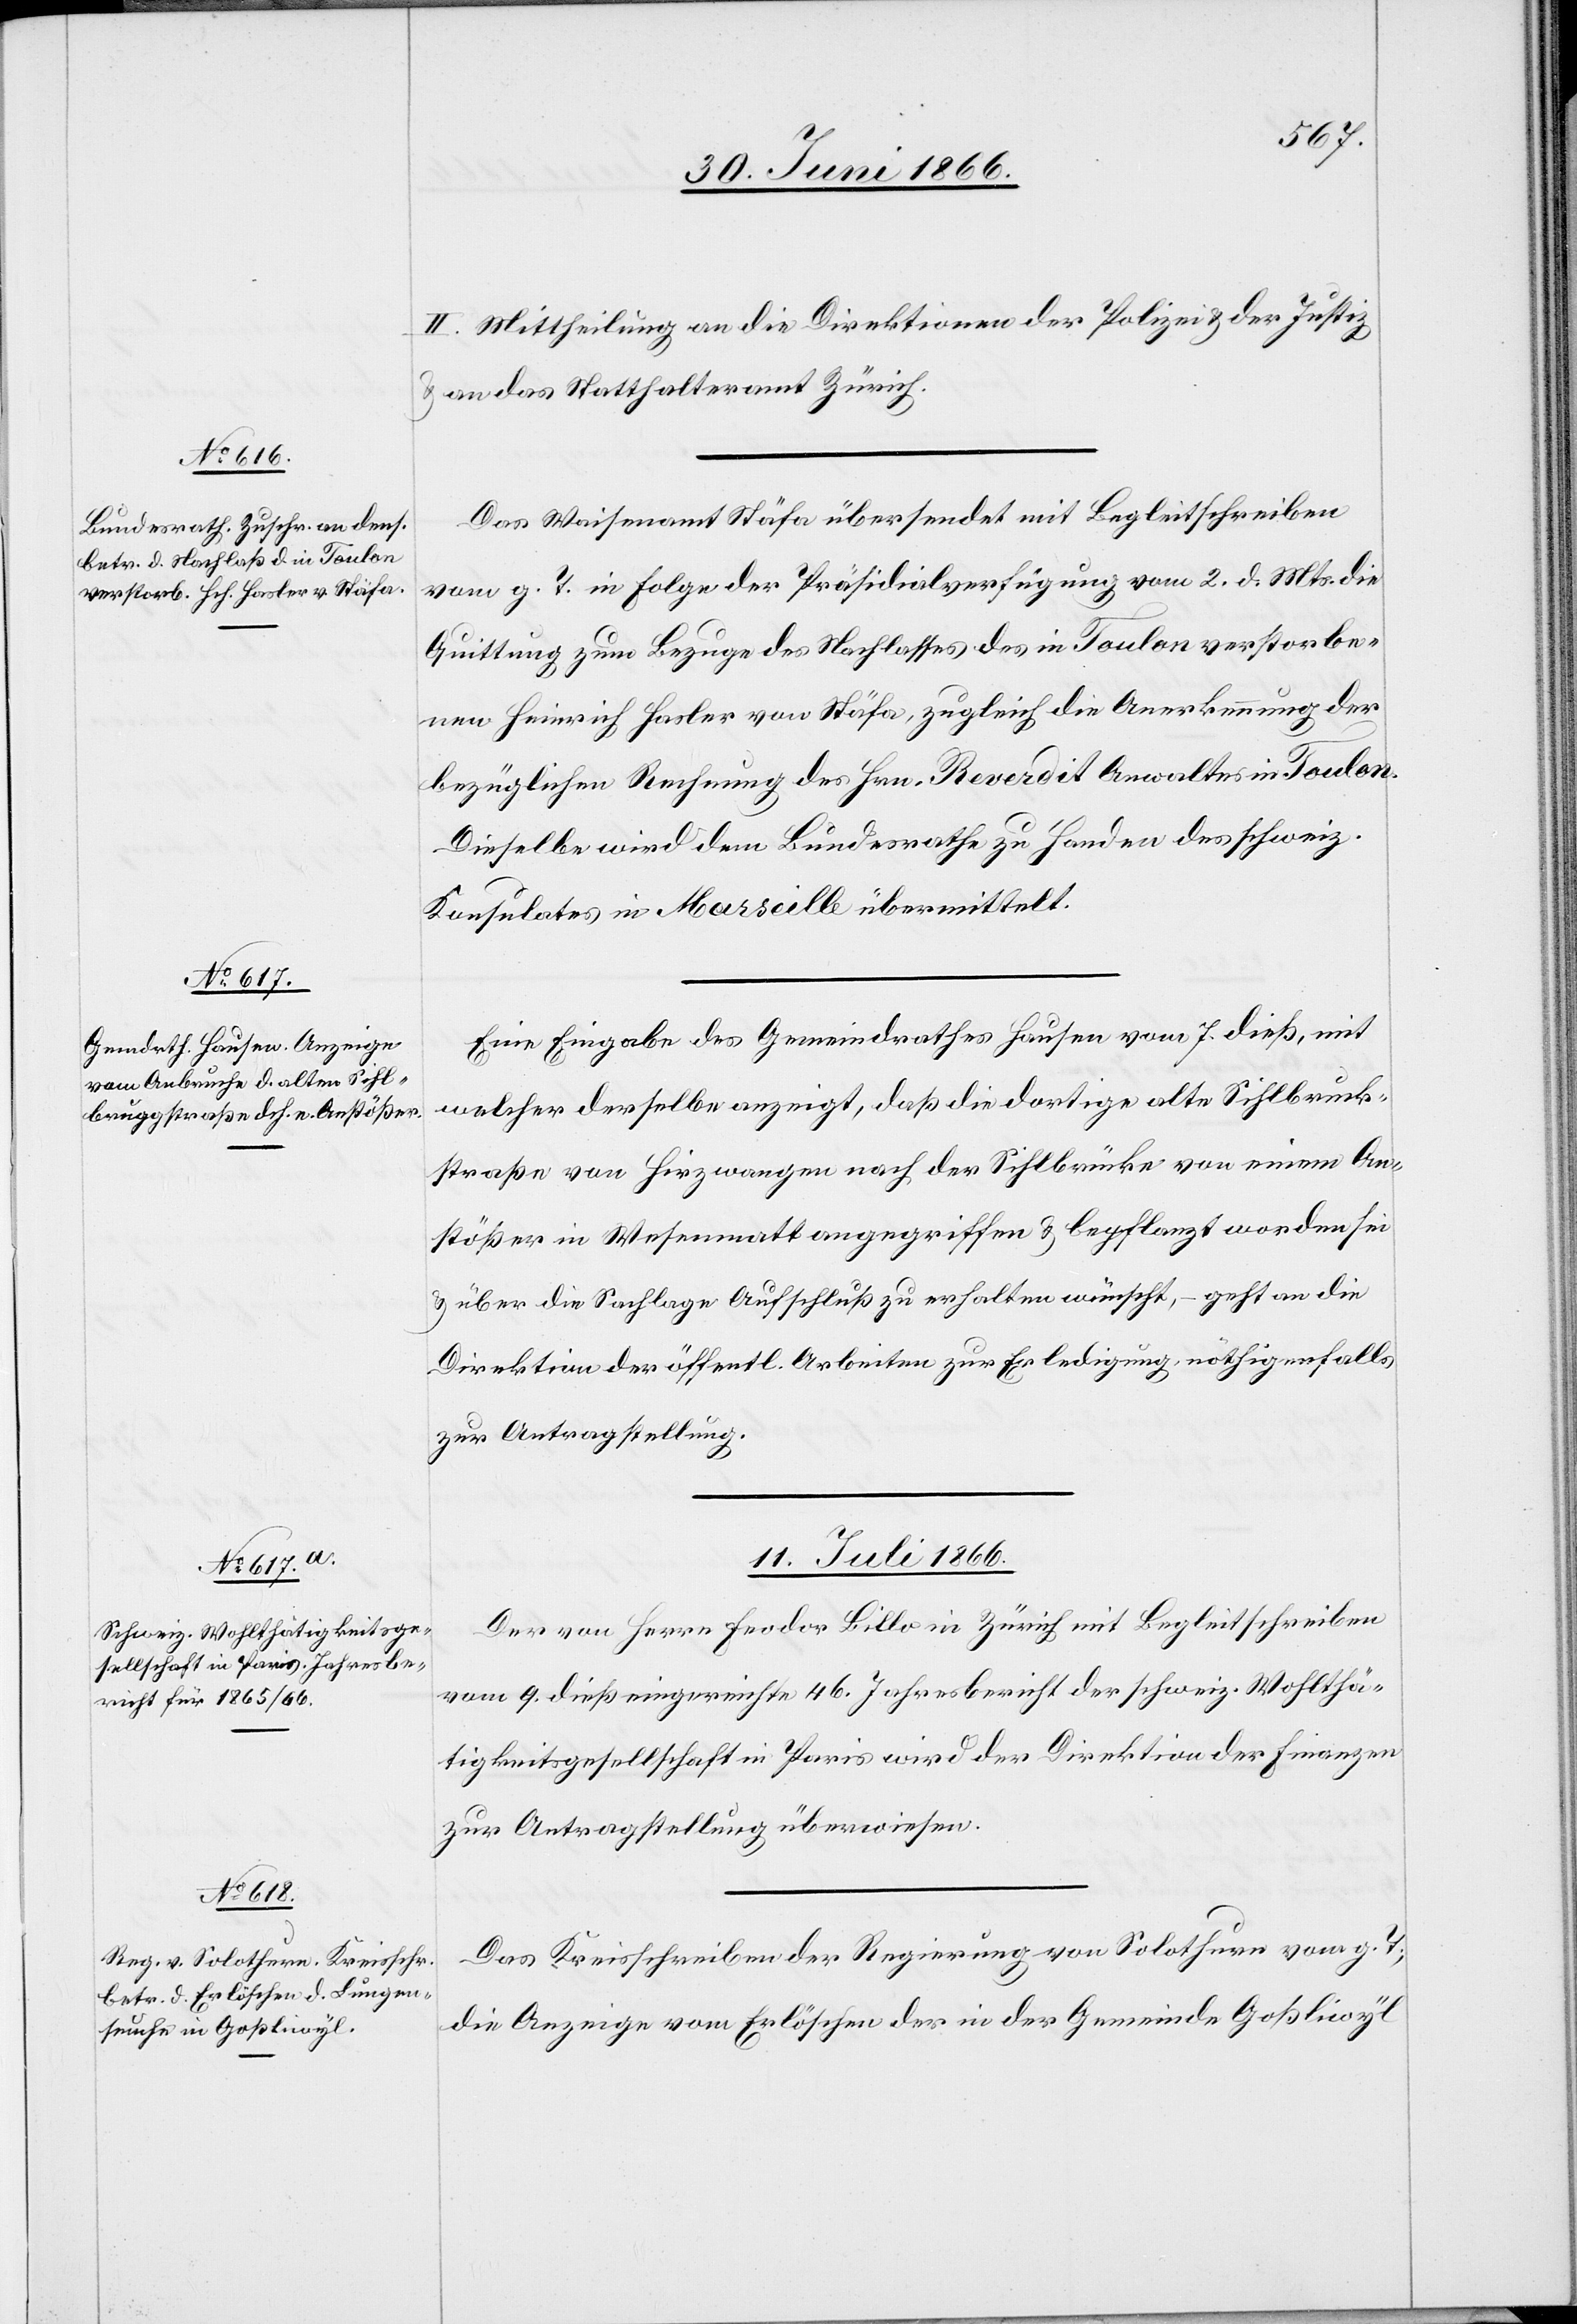
10. Juni 1866.]
II. Mittheilung an die Direktionen der Polizei u. der Justiz
u. an das Statthalteramt Zürich.
Das Waisenamt Stäfa übersendet mit Begleitschreiben
vom g. T. in Folge der Präsidialverfügung vom 2. d. Mts. die
Quittung zum Bezuge des Nachlasses des in Toulon verstorbe¬
nen Heinrich Hasler von Stäfa, zugleich die Anerkennung der
bezüglichen Rechnung des Hrn. Reverdit Anwaltes in Toulon.
Dieselbe wird dem Bundesrathe zu Handen des schweiz.
Konsulates in Marseille übermittelt.
Eine Eingabe des Gemeindrathes Hausen vom 7. dieß, mit
welcher derselbe anzeigt, daß die dortige alte Sihlbrugg¬
straße von Hirzwangen nach der Sihlbrücke von einem An¬
stößer in Wesenmatt angegriffen u. bepflanzt worden sei
u. über die Sachlage Aufschluß zu erhalten wünscht, – geht an die
Direktion der öffentl. Arbeiten zur Erledigung, nöthigenfalls
zur Antragstellung.
11. Juli 1866.]
Der von Herrn Feodor Billo in Zürich mit Begleitschreiben
vom 9. dieß eingereichte 46. Jahresbericht der schweiz. Wohlthä¬
tigkeitsgesellschaft in Paris wird der Direktion der Finanzen
zur Antragstellung überwiesen.
Das Kreisschreiben der Regierung von Solothurn vom g. T.,
die Anzeige vom Erlöschen der in der Gemeinde Goßliwyl